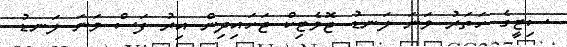
ސިޓީގެ ހަތަރު ވަނަ ލަނޑު ޖޮވެޓިކް ޖަހައިދިން އިރު ފަސް ވަނަ ލަނޑު